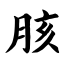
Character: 胲